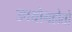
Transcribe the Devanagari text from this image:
उपयोगहोतो